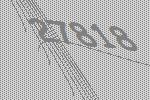
27818